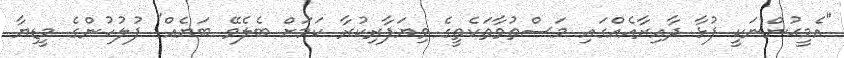
"އެމީޙުންނަކީ ފުޅާ ދާއިރާއެއްގައި މަސްތުވާތަކެތީގެ ވިޔަފާރިކުރާ ކަމަށް ބެލެވޭ ބަޔެއް" ފުލުހުންގެ މީޑިޔާ